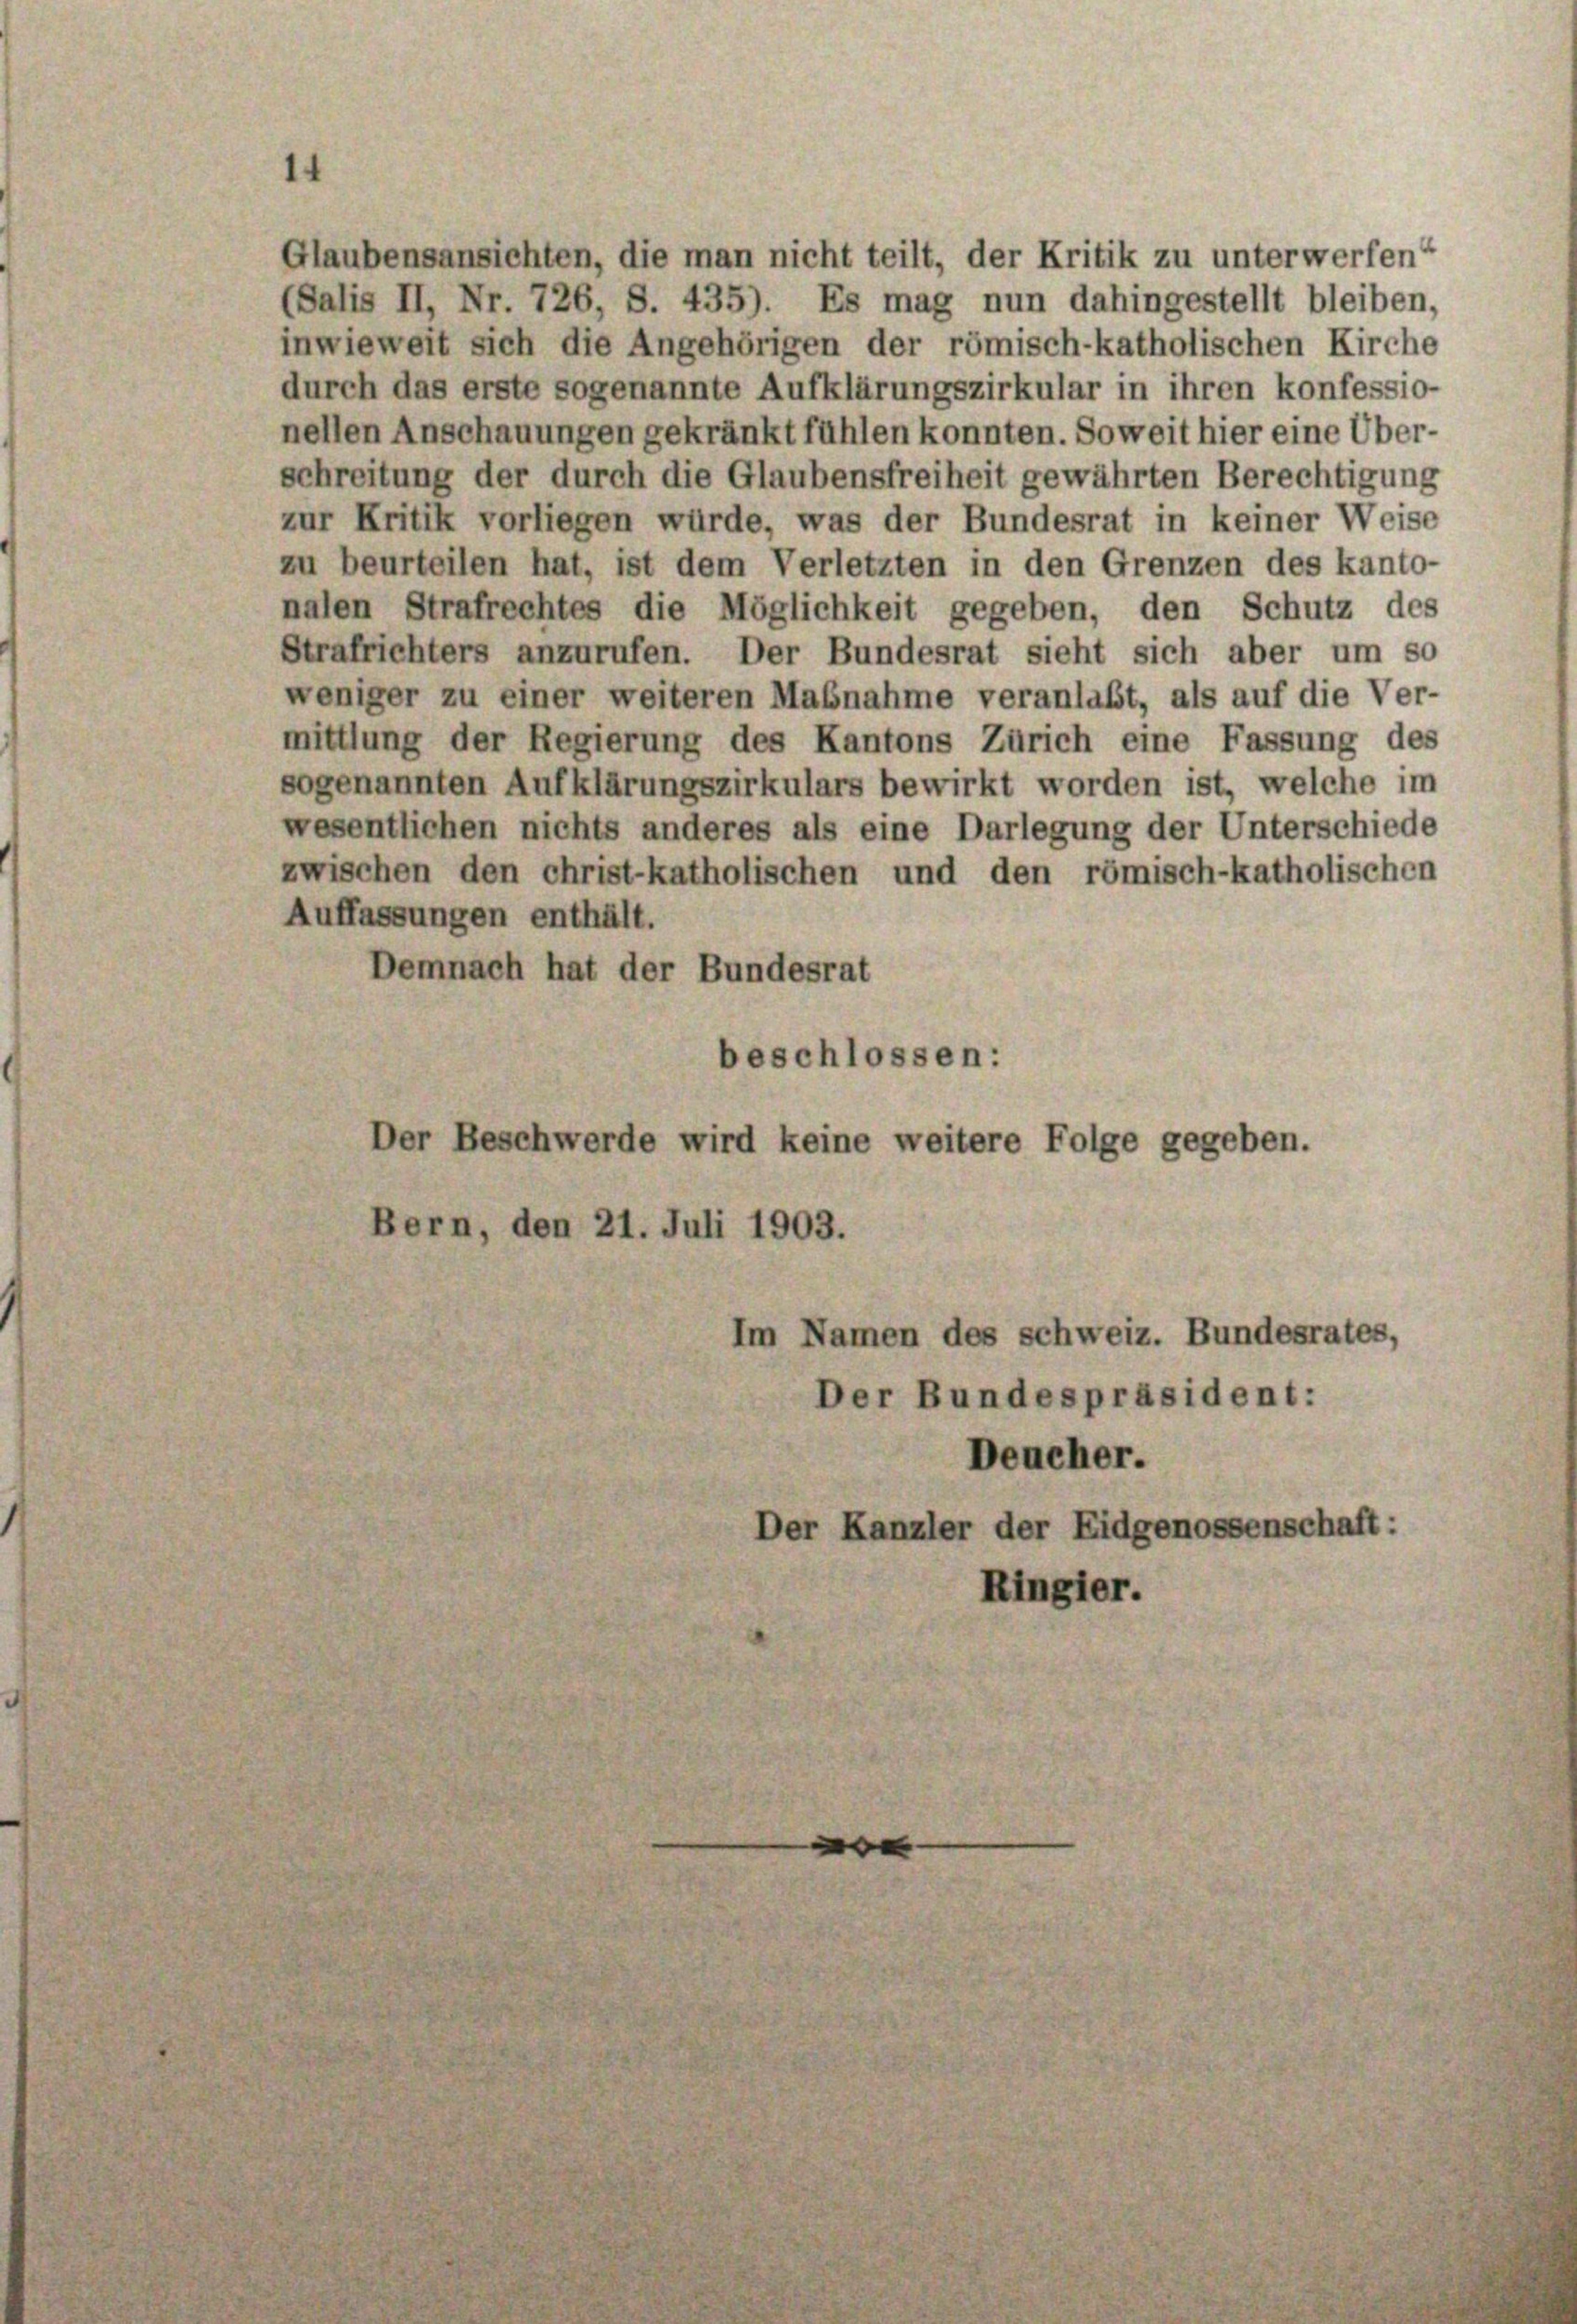
nellen Anschauungen gekränkt fühlen konnten. Soweit hier eine Über-
schreitung der durch die Glaubensfreiheit gewährten Berechtigung
zur Kritik vorliegen würde, was der Bundesrat in keiner Weise
zu beurteilen hat, ist dem Verletzten in den Grenzen des kanto-
nalen Strafrechtes die Möglichkeit gegeben, den Schutz des
Strafrichters anzurufen. Der Bundesrat sieht sich aber um so
weniger zu einer weiteren Maßnahme veranlaßt, als auf die Ver-
mittlung der Regierung des Kantons Zürich eine Fassung des
sogenannten Aufklärungszirkulars bewirkt worden ist, welche im
wesentlichen nichts anderes als eine Darlegung der Unterschiede
zwischen den christ-katholischen und den römisch-katholischen
Auffassungen enthält.
Demnach hat der Bundesrat
beschlossen:
Der Beschwerde wird keine weitere Folge gegeben.
Bern, den 21. Juli 1903.
Im Namen des Schweiz. Bundesrates,
Der Bundespräsident:
Deucher.
Der Kanzler der Eidgenossenschaft:
Ringier.

Glaubensansichten, die man nicht teilt, der Kritik zu unterwerfen
(Salis II, Nr. 726, S. 435). Es mag nun dahingestellt bleiben,
inwieweit sich die Angehörigen der römisch-katholischen Kirche
durch das erste sogenannte Aufklärungszirkular in ihren konfessio-